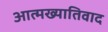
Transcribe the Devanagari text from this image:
आत्मख्यातिवाद